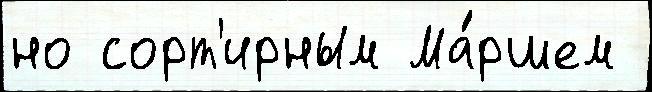
но сорт'ирным Ма́ршем